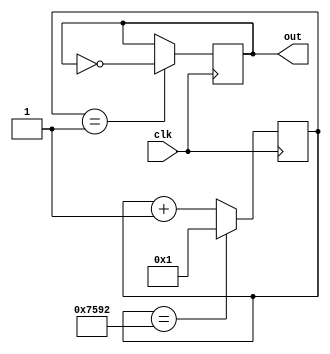
module G_Sharp (clk, out);
	input clk;
	output out;
	
reg[15:0] clkDivider = 30098;
reg[15:0] counter;

always @(posedge clk)
	if(counter == clkDivider)
		counter <= 1;
	else counter <= counter + 1;
	
reg out;
always @(posedge clk)
	if(counter == 1)
		out <= ~out;

endmodule